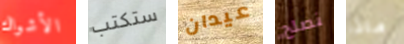
الأشواك ستكتب عيدان نصلح ماذا